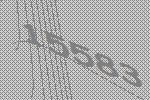
15583